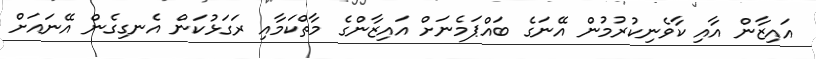
އައިޒާން އާއި ކާވެނިކުރުމުން އޭނަގެ ބައްޕަމެނަށް އައިޒާންގެ މާތްކަމާއި ރަގަޅުކަން އެނގިގެން އޭނައަށް